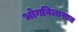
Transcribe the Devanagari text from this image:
भोगविलासात